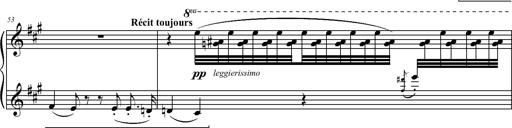
Title: 2 LÃ©gendes
Composer: Franz Liszt